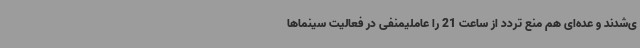
ی‌شدند و عده‌ای هم منع تردد از ساعت 21 را عاملیمنفی در فعالیت سینماها